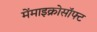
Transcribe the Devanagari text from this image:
मेंमाइक्रोसॉफ्ट